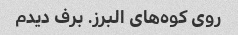
روی کوه‌های البرز. برف دیدم